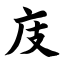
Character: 庋